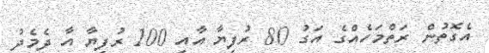
އެގޮތުން ރަތްމަހެއްގެ އަގު 80 ރުފިޔާ އާއި 100 ރުފިޔާ އާ ދެމެދު